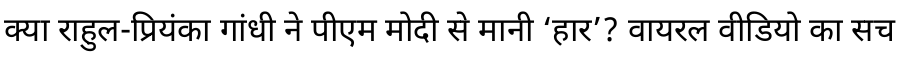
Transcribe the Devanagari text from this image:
क्या राहुल-प्रियंका गांधी ने पीएम मोदी से मानी ‘हार’? वायरल वीडियो का सच